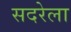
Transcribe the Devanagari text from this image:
सदरेला